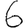
Digit: 6